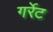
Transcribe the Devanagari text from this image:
गर्रेट